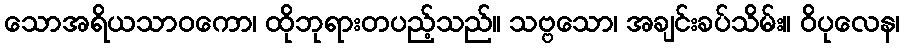
သောအရိယသာဝကော၊ ထိုဘုရားတပည့်သည်။ သဗ္ဗသော၊ အချင်းခပ်သိမ်း။ ဝိပုလေန၊